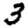
Digit: 3